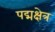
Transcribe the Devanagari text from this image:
पद्मक्षेत्र